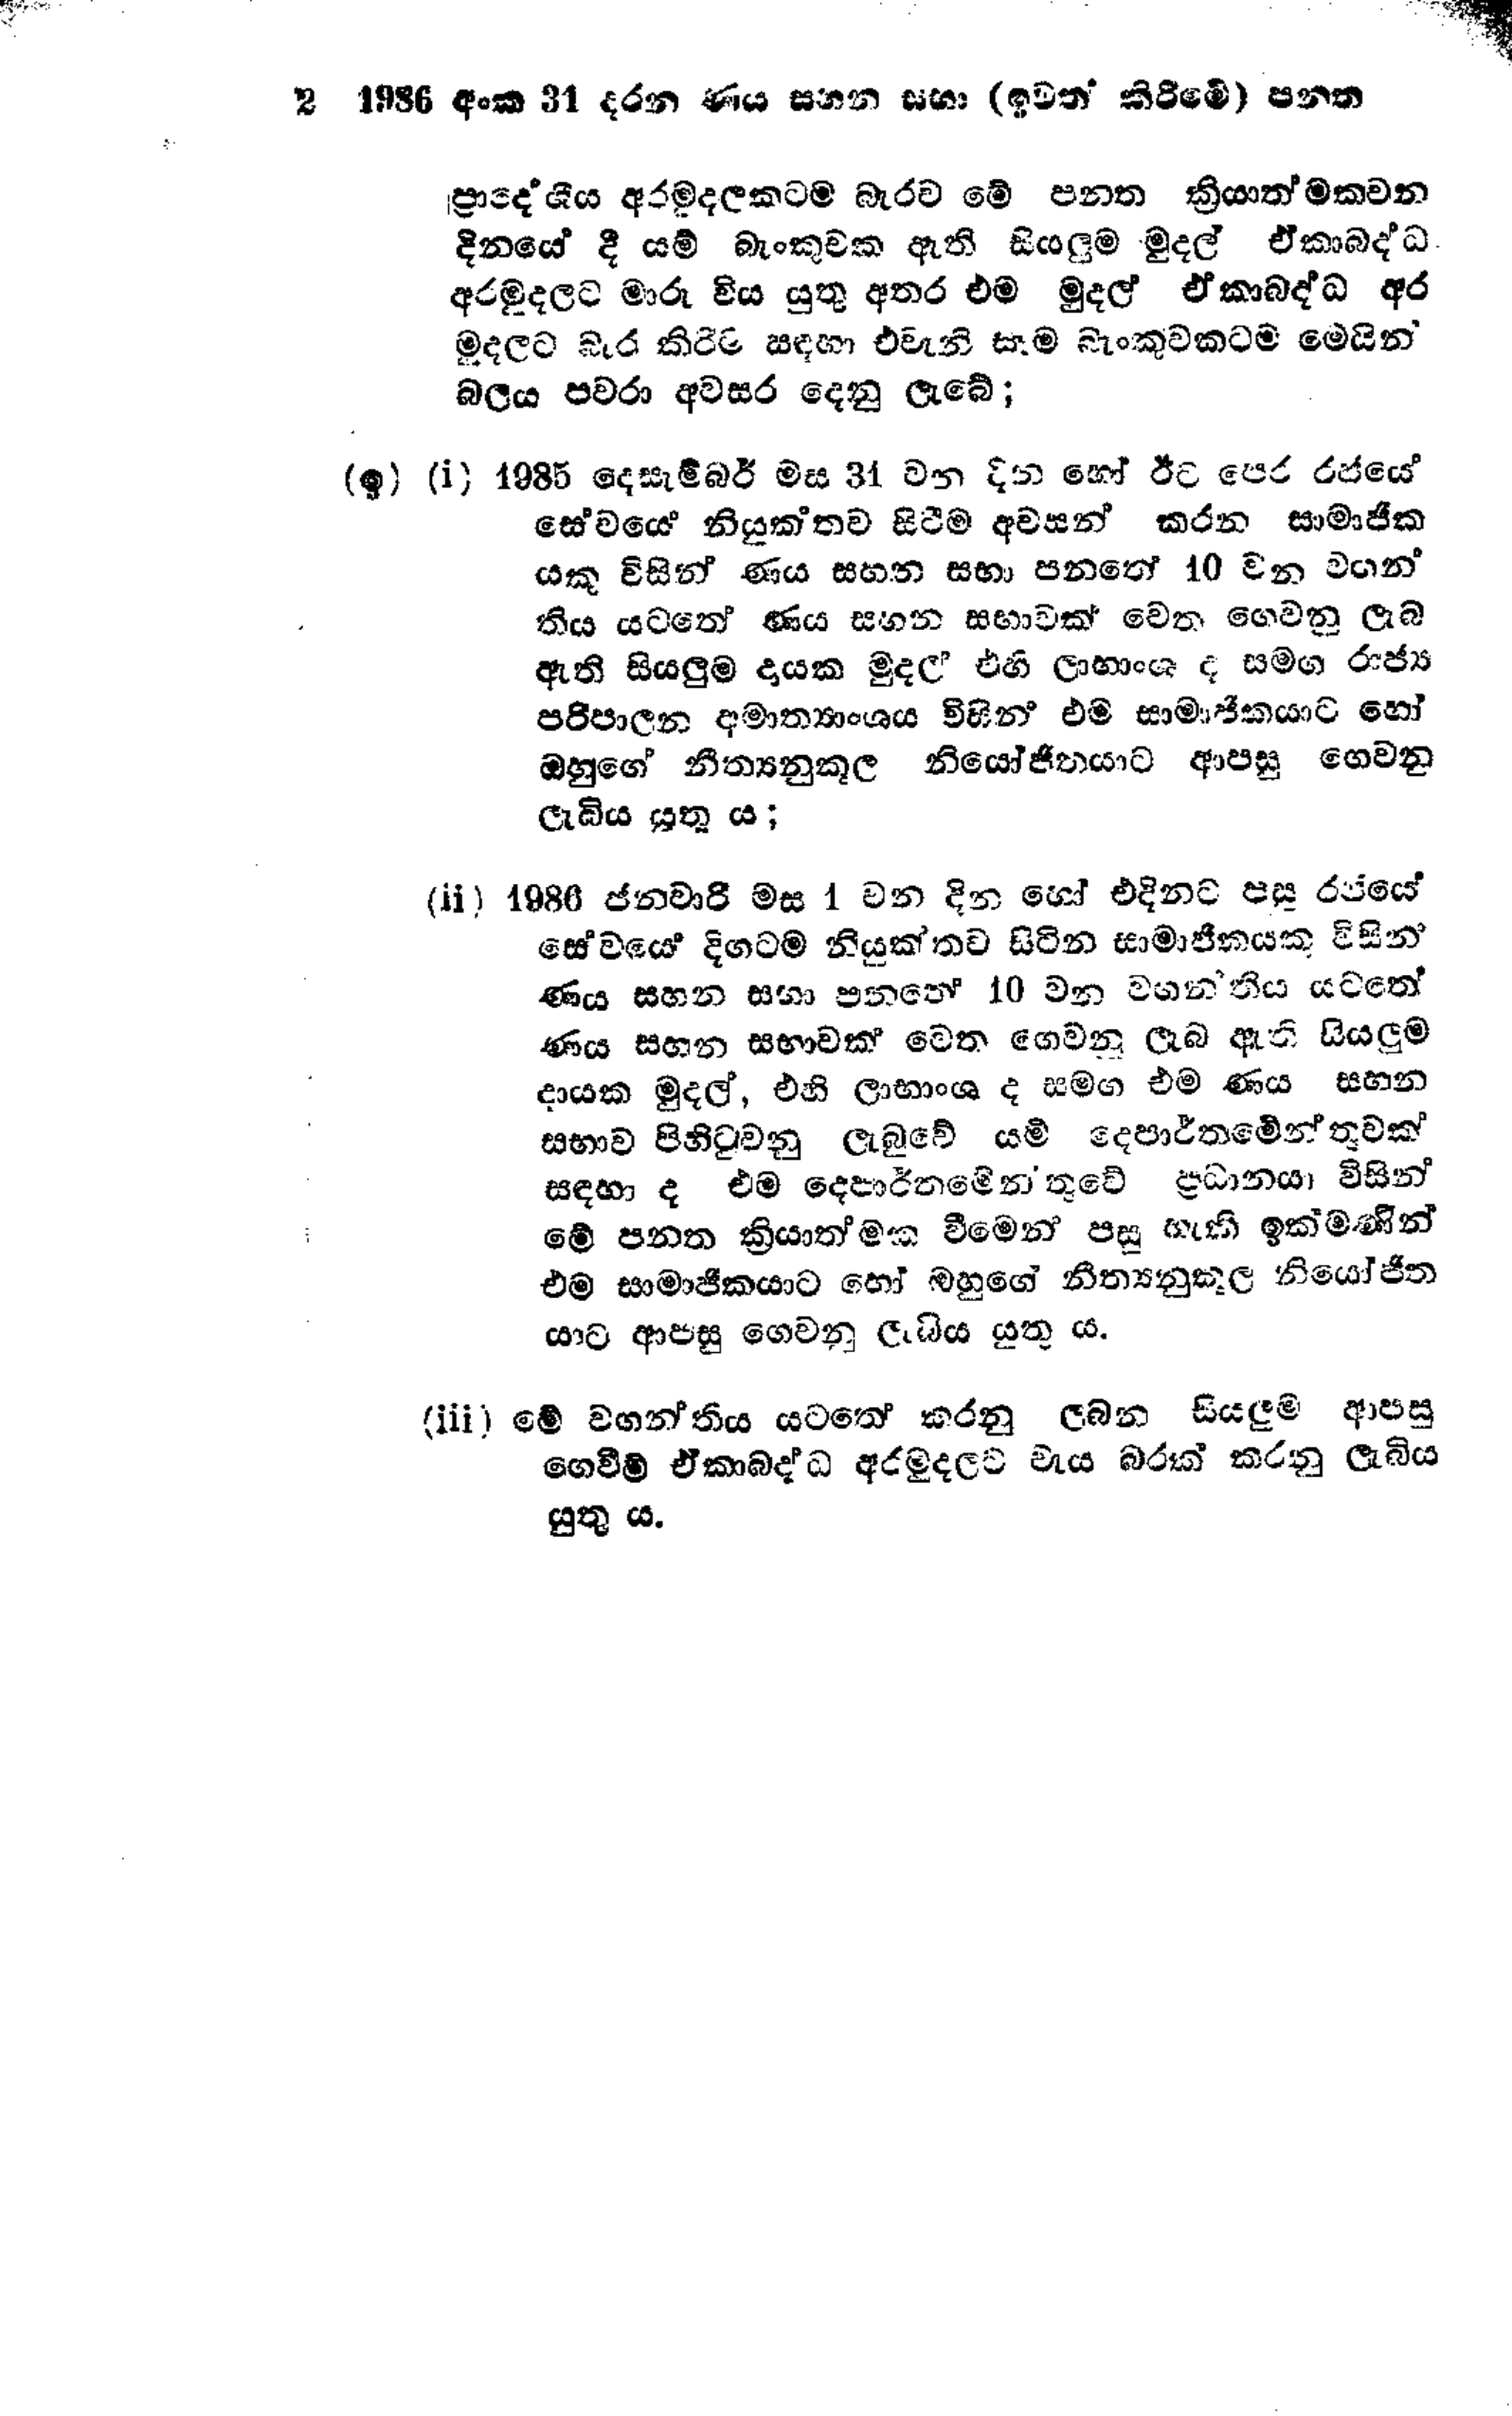
2. 1986 අංක 31 දරන ණය සහන සභා (ඉවත් කිරීමේ) පන්ත

ප්‍රාදේශීය අරමුදලකටම බැරව මේ පනත ක්‍රියාත්මක වන
දිනයේ දී යම් බැංකුවක ඇති සියලුම මුදල් ඒකාබද්ධ
අරමුදලට මාරු විය යුතු අතර එම මුදල් ඒකාබද්ධ අර
මුදලට බැර කිරීම සඳහා එවැනි සෑම බැංකුවකටම මෙයින්
බලය පවරා අවසර දෙනු ලැබේ;

(ඉ) (i) 1985 දෙසැම්බර් මස 31 වන දින හෝ ඊට පෙර රජයේ
සේවයේ නියුක්තව සිටීම අවසන් කරන සාමාජික
යකු විසින් ණය සහන සභා පනතේ 10 වන වහන්
තිය යටතේ ණය සහන සභාවක් වෙත ගෙවනු ලැබ
ඇති සියලුම දායක මුදල් එහි ලාභාංශ ද සමග රාජ්‍ය
පරිපාලන අමාත්‍යාංශය විසින් එම සාමාජිකයාට හෝ
ඔහුගේ නීත්‍යනුකූල නියෝජිතයාට ආපසු ගෙවනු
ලැබිය යුතු ය;

(ii) 1986 ජනවාරි මස 1 වන දින හෝ එදිනට පසු රජයේ
සේවයේ දිගටම නියුක්තව සිටින සාමාජිකයකු විසින්
ණය සහන සභා පනතේ 10 වන වහන්තිය යටතේ
ණය සහන සභාවක් වෙත ගෙවනු ලැබ ඇති සියලුම
දායක මුදල්, එහි ලාභාංශ ද සමග එම ණය සහාන
සභාව පිහිටුවනු ලැබුවේ යම් දෙපාර්තමේන්තුවක්
සඳහා ද එම දෙපාර්තමේනතුවේ ප්‍රධානයා විසින්
මේ පනත ක්‍රියාත්මක වීමෙන් පසු හැකි ඉක්මණින්
එම සාමාජිකයාට හෝ ඔහුගේ නීත්‍යනුකූල නියෝජිත
යාට ආපසු ගෙවනු ලැබිය යුතු ය.

(iii) මේ වගන්තිය යටතේ කරනු ලබන සියලුම ආපසු
ගෙවීම් ඒකාබද්ධ අරමුදලට වැය බරක් කරනු ලැබිය
යුතු ය.